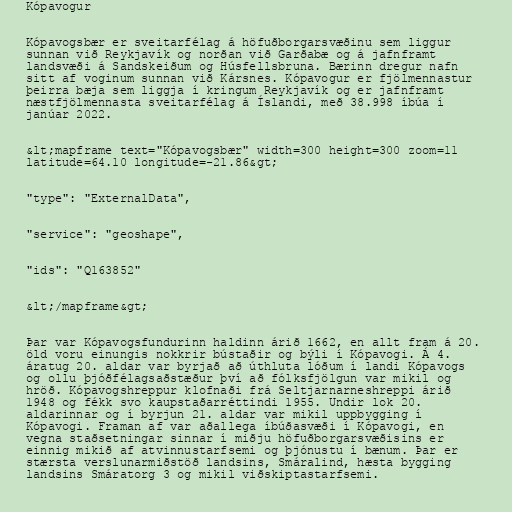
Kópavogur

Kópavogsbær er sveitarfélag á höfuðborgarsvæðinu sem liggur
sunnan við Reykjavík og norðan við Garðabæ og á jafnframt
landsvæði á Sandskeiðum og Húsfellsbruna. Bærinn dregur nafn
sitt af voginum sunnan við Kársnes. Kópavogur er fjölmennastur
þeirra bæja sem liggja í kringum Reykjavík og er jafnframt
næstfjölmennasta sveitarfélag á Íslandi, með 38.998 íbúa í
janúar 2022.

&lt;mapframe text="Kópavogsbær" width=300 height=300 zoom=11
latitude=64.10 longitude=-21.86&gt;

"type": "ExternalData",

"service": "geoshape",

"ids": "Q163852"

&lt;/mapframe&gt;

Þar var Kópavogsfundurinn haldinn árið 1662, en allt fram á 20.
öld voru einungis nokkrir bústaðir og býli í Kópavogi. Á 4.
áratug 20. aldar var byrjað að úthluta lóðum í landi Kópavogs
og ollu þjóðfélagsaðstæður því að fólksfjölgun var mikil og
hröð. Kópavogshreppur klofnaði frá Seltjarnarneshreppi árið
1948 og fékk svo kaupstaðarréttindi 1955. Undir lok 20.
aldarinnar og í byrjun 21. aldar var mikil uppbygging í
Kópavogi. Framan af var aðallega íbúðasvæði í Kópavogi, en
vegna staðsetningar sinnar í miðju höfuðborgarsvæðisins er
einnig mikið af atvinnustarfsemi og þjónustu í bænum. Þar er
stærsta verslunarmiðstöð landsins, Smáralind, hæsta bygging
landsins Smáratorg 3 og mikil viðskiptastarfsemi.